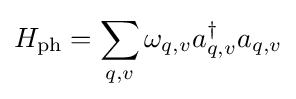
H_{\rm {ph}}=\sum _{q,v}\omega _{q,v}a_{q,v}^{\dagger }a_{q,v}